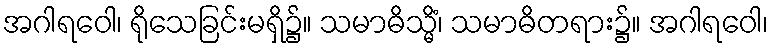
အဂါရဝေါ၊ ရိုသေခြင်းမရှိ၌။ သမာဓိသ္မိံ၊ သမာဓိတရား၌။ အဂါရဝေါ၊